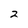
Character: 2